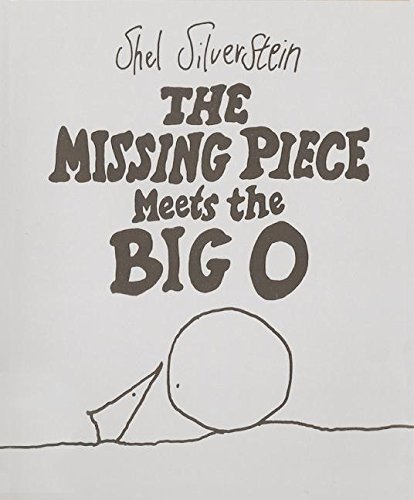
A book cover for The Missing Piece Meets the Big O; Shel Silverstein; Children's Books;